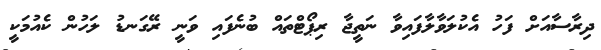
ދިރާސާއަށް ފަހު އެކުލަވާލާފައިވާ ނަތީޖާ ރިޕޯޓްތައް ބުނެފައި ވަނީ ރޭގަނޑު ލަހުން ކެއުމަކީ